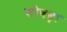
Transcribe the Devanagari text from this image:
शोषछ्वा